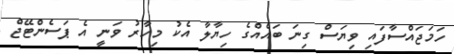
ހަމަޖައްސާފައި ވިޔަސް ގިނަ ބައެއްގެ ހިޔާލާ އެކު މިހާރު ވަނީ އެ ޕަސެންޓޭޖް